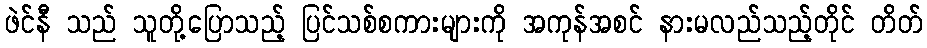
ဖဲင်နီ သည် သူတို့ပြောသည့် ပြင်သစ်စကားများကို အကုန်အစင် နားမလည်သည့်တိုင် တိတ်